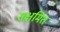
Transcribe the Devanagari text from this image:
सक्षमित